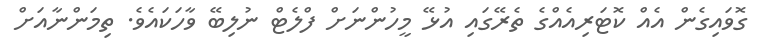
ގޮވައިގެން އެއް ކޮޓަރިއެއްގެ ތެރޭގައި އުޅޭ މީހުންނަށް ފްލެޓް ނުލިބޭ ވާހަކައެވެ. ތިމަންނާއަށް